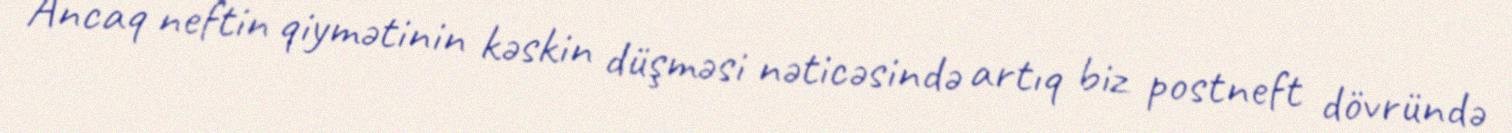
Ancaq neftin qiymətinin kəskin düşməsi nəticəsində artıq biz postneft dövründə